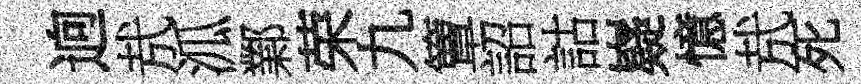
逈㢤泒鄴荣九簟詔詁嶷憶㢤死